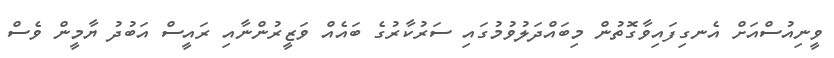
ވީނިއުސްއަށް އެނގިފައިވާގޮތުން މިބައްދަލުވުމުގައި ސަރުކާރުގެ ބައެއް ވަޒީރުންނާއި ރައީސް އަބުދު ޔާމީން ވެސް